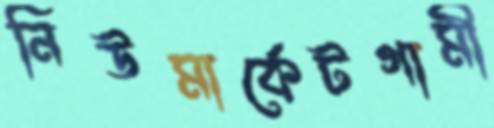
নিউমার্কেটগামী